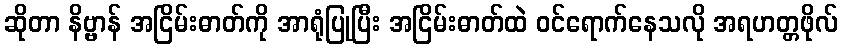
ဆိုတာ နိဗ္ဗာန် အငြိမ်းဓာတ်ကို အာရုံပြုပြီး အငြိမ်းဓာတ်ထဲ ဝင်ရောက်နေသလို အရဟတ္တဖိုလ်